Medical and sanitary report on the native army of Bombay for the year
Year: 1878
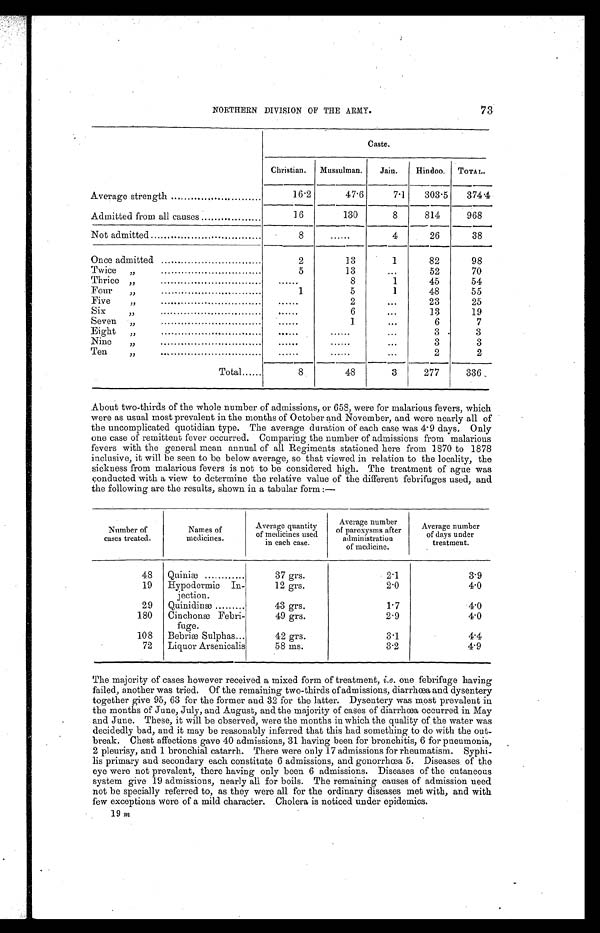
73
NORTHERN DIVISION OF THE ARMY.
Caste.
Christian.
Mussulman.
Jain.
Hindoo.
TOTA L.
Average strength
16.2
47.6
7.1
303.5
374.4
Admitted from all causes
16
130
8
814
968
Not admitted
8
......
4
26
38
Once admitted
2
13
1
82
98
Twice „ . . . . . . . . . . . . . . . . . . . . . . . . . . . . . . . . . . . .
5
13
•• •
52
70
Thrice „ . . . . . . . . . . . . . . . . . . . . . . . . . . . . . . . . . . . .
. . . . . .
8
1
45
54
Four
„ . . . . . . . . . . . . . . . . . . . . . . . . . . . . . . . . . . . .
1
5
1
48
55
Five
„ . . . . . . . . . . . . . . . . . . . . . . . . . . . . . . . . . . . .
. . . . . .
2
...
23
25
Six
„ . . . . . . . . . . . . . . . . . . . . . . . . . . . . . . . . . . .
. . . . . .
6
...
13
19
Seven „ . . . . . . . . . . . . . . . . . . . . . . . . . . . . . . . . . . .
. . . . . .
1
. . .
6
7
Eight
„ . . . . . . . . . . . . . . . . . . . . . . . . . . . . . . . . . . .
. . . . . .
. . . . . .
. . .
3
3
Nine
„ . . . . . . . . . . . . . . . . . . . . . . . . . . . . . . . . . . .
. . . . . .
. . . . . .
...
3
3
Ten
„
....
. . . . . .
. . . . . .
...
2
2
Total
8
48
3
277
336
About two-thirds of the whole number of admissions, or 658, were for malarious fevers, which
were as usual most prevalent in the months of October and November, and were nearly all of
the uncomplicated quotidian type. The average duration of each case was 4.9 days. Only
one case of remittent fever occurred. Comparing the number of admissions from malarious
fevers with the general mean annual of all Regiments stationed here from 1870 to 1878
inclusive, it will be seen to be below average, so that viewed in relation to the locality, the
sickness from malarious fevers is not to be considered high. The treatment of ague was
conducted with a view to determine the relative value of the different . febrifuges used, and
the following are the results, shown in a tabular form :—
Number of
cases treated.
Names of
medicines.
Average quantity
of medicines used
in each case.
Average number
of paroxysms a
f t e r
administration
of medicine.
Average number
of days under
treatment.
48
Quiniæ
37 grs.
2.1
3.9
19
Hypodermic In-
jection.
12 grs.
2.0
4.0
29
Quinidinæ
43 grs.
1.7
4.0
180
Cinchonæ Febri-
fuge.
49 grs.
2.9
4.0
108
Bebriæ Sulphas
42 grs.
3.1
4.4
72
Liquor Arsenicalis
58 ms.
3.2
4.9
The majority of cases however received a mixed form of treatment, i.e. one febrifuge having
failed, another was tried. Of the remaining two-thirds of admissions, diarrhœa and dysentery
together give 95, 63 for the former and 32 for the latter. Dysentery was most prevalent in
the months of June, July, and August, and the majority of cases of diarrhœa occurred in May
and June. These, it will be observed, were the months iu which the quality of the water was
decidedly bad, and it may be reasonably inferred that this had something to do with the out-
break. Chest affections gave 40 admissions, 31 having been for bronchitis, 6 for pneumonia,
2 pleurisy, and 1 bronchial catarrh. There were only 17 admissions for rheumatism. Syphi
- l i s p r i m a r y a n d s e c o n d a r y e a c h c o n s t i t u t e 6 a d m i s s i o n s , a n d g o n o r r h œ a 5 . D i s e a s e s o f t h e
eye were not prevalent, there having only been 6 admissions. Diseases of the cutaneous
system give 19 admissions, nearly all for boils. The remaining causes of admission need
not be specially referred to, as they were all for the ordinary diseases met with, and with
few exceptions were of a mild character. Cholera is noticed under epidemics.
19 m